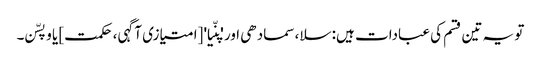
تو یہ تین قسم کی عبادات ہیں: سلا، سمادھی اور 'پنّیا' [امتیازی آگہی، حکمت] یا وپسّن۔